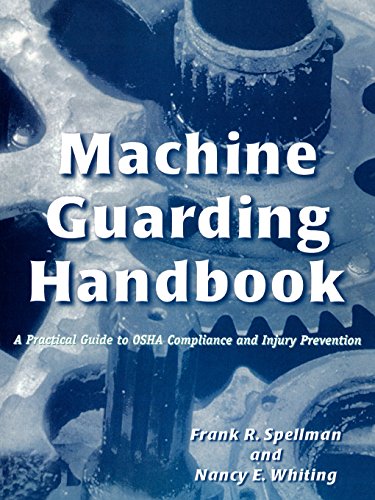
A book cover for Machine Guarding Handbook: A Practical Guide to OSHA Compliance and Injury Prevention; Frank R. Spellman; Health, Fitness & Dieting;